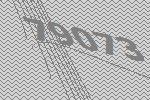
79073